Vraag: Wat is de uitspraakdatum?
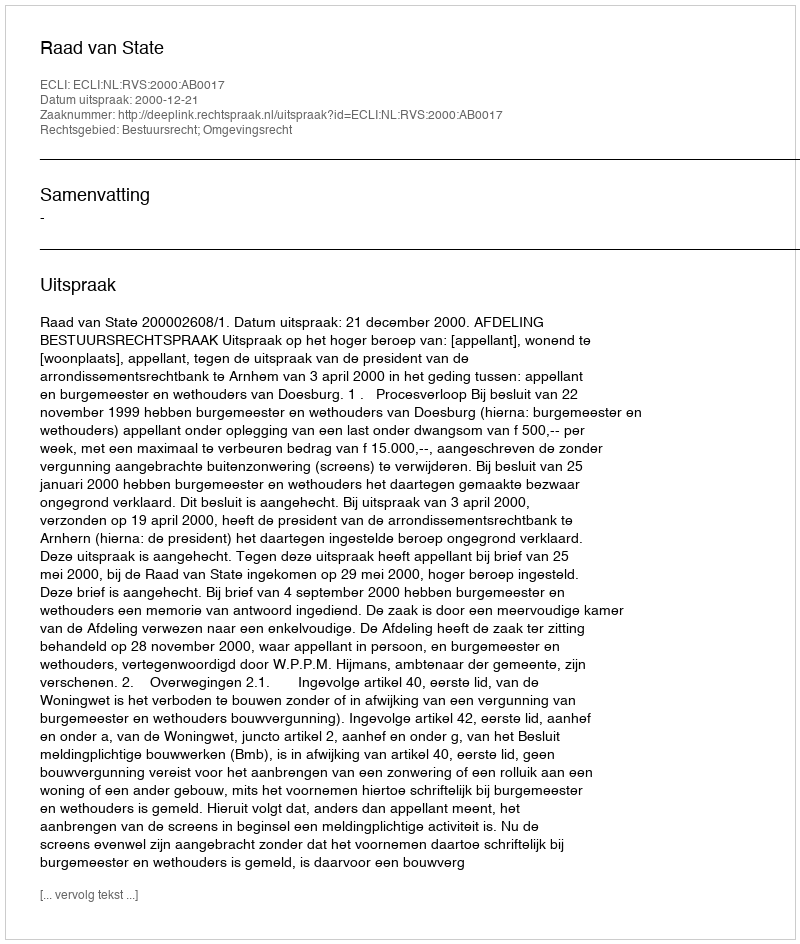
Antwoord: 2000-12-21